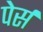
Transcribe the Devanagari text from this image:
पेर्स